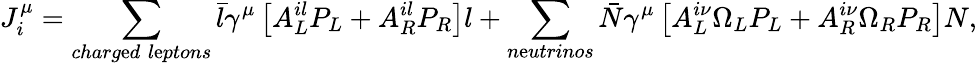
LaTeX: J_{i}^{\mu}=\sum_{charg\mathrm{e}d\; l\mathrm{e}ptons}\bar{{l}}{\gamma}^{\mu}\left[A_{L}^{il}P_{L}+A_{R}^{il}P_{R}\right]l+\sum_{n\mathrm{e}utrinos}\bar{{N}}{\gamma}^{\mu}\left[A_{L}^{i\nu}\Omega_{L}P_{L}+A_{R}^{i\nu}\Omega_{R}P_{R}\right]N,